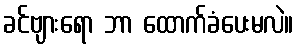
ခင်ဗျားရော ဘာ ထောက်ခံပေးမလဲ။